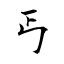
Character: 丐